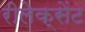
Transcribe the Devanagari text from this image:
रीलेक्सेंट